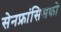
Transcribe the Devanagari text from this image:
सेनफ्रांसिसको